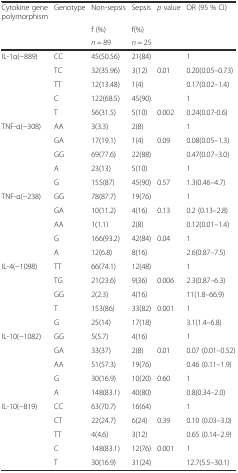
<table><thead><tr><td><b>Cytokine gene polymorphism</b></td><td><b>Genotype</b></td><td><b>Non-sepsis</b></td><td><b>Sepsis</b></td><td><b><i>p</i> value</b></td><td><b>OR (95 % CI)</b></td></tr><tr><td></td><td></td><td><b>f (%)</b></td><td><b>f(%)</b></td><td></td><td></td></tr><tr><td></td><td></td><td><b><i>n</i> = 89</b></td><td><b><i>n</i> = 25</b></td><td></td><td></td></tr></thead><tbody><tr><td rowspan="5">IL-1α(−889)</td><td>CC</td><td>45(50.56)</td><td>21(84)</td><td></td><td>1</td></tr><tr><td>TC</td><td>32(35.96)</td><td>3(12)</td><td>0.01</td><td>0.20(0.05–0.73)</td></tr><tr><td>TT</td><td>12(13.48)</td><td>1(4)</td><td></td><td>0.17(0.02–1.4)</td></tr><tr><td>C</td><td>122(68.5)</td><td>45(90)</td><td></td><td>1</td></tr><tr><td>T</td><td>56(31.5)</td><td>5(10)</td><td>0.002</td><td>0.24(0.07-0.6)</td></tr><tr><td rowspan="5">TNF-α(−308)</td><td>AA</td><td>3(3.3)</td><td>2(8)</td><td></td><td>1</td></tr><tr><td>GA</td><td>17(19.1)</td><td>1(4)</td><td>0.09</td><td>0.08(0.05–1.3)</td></tr><tr><td>GG</td><td>69(77.6)</td><td>22(88)</td><td></td><td>0.47(0.07–3.0)</td></tr><tr><td>A</td><td>23(13)</td><td>5(10)</td><td></td><td>1</td></tr><tr><td>G</td><td>155(87)</td><td>45(90)</td><td>0.57</td><td>1.3(0.46–4.7)</td></tr><tr><td rowspan="5">TNF-α(−238)</td><td>GG</td><td>78(87.7)</td><td>19(76)</td><td></td><td>1</td></tr><tr><td>GA</td><td>10(11.2)</td><td>4(16)</td><td>0.13</td><td>0.2 (0.13–2.8)</td></tr><tr><td>AA</td><td>1(1.1)</td><td>2(8)</td><td></td><td>0.12(0.01–1.4)</td></tr><tr><td>G</td><td>166(93.2)</td><td>42(84)</td><td>0.04</td><td>1</td></tr><tr><td>A</td><td>12(6.8)</td><td>8(16)</td><td></td><td>2.6(0.87–7.5)</td></tr><tr><td rowspan="5">IL-4(−1098)</td><td>TT</td><td>66(74.1)</td><td>12(48)</td><td></td><td>1</td></tr><tr><td>TG</td><td>21(23.6)</td><td>9(36)</td><td>0.006</td><td>2.3(0.87–6.3)</td></tr><tr><td>GG</td><td>2(2.3)</td><td>4(16)</td><td></td><td>11(1.8–66.9)</td></tr><tr><td>T</td><td>153(86)</td><td>33(82)</td><td>0.001</td><td>1</td></tr><tr><td>G</td><td>25(14)</td><td>17(18)</td><td></td><td>3.1(1.4–6.8)</td></tr><tr><td rowspan="5">IL-10(−1082)</td><td>GG</td><td>5(5.7)</td><td>4(16)</td><td></td><td>1</td></tr><tr><td>GA</td><td>33(37)</td><td>2(8)</td><td>0.01</td><td>0.07 (0.01–0.52)</td></tr><tr><td>AA</td><td>51(57.3)</td><td>19(76)</td><td></td><td>0.46 (0.11–1.9)</td></tr><tr><td>G</td><td>30(16.9)</td><td>10(20)</td><td>0.60</td><td>1</td></tr><tr><td>A</td><td>148(83.1)</td><td>40(80)</td><td></td><td>0.8(0.34–2.0)</td></tr><tr><td rowspan="5">IL-10(−819)</td><td>CC</td><td>63(70.7)</td><td>16(64)</td><td></td><td>1</td></tr><tr><td>CT</td><td>22(24.7)</td><td>6(24)</td><td>0.39</td><td>0.10 (0.03–3.0)</td></tr><tr><td>TT</td><td>4(4.6)</td><td>3(12)</td><td></td><td>0.65 (0.14–2.9)</td></tr><tr><td>C</td><td>148(83.1)</td><td>12(76)</td><td>0.001</td><td>1</td></tr><tr><td>T</td><td>30(16.9)</td><td>31(24)</td><td></td><td>12.7(5.5–30.1)</td></tr></tbody></table>